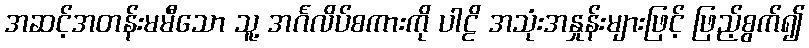
အဆင့်အတန်းမမီသော သူ့ အင်္ဂလိပ်စကားကို ပါဠိ အသုံးအနှုန်းများဖြင့် ဖြည့်စွက်၍